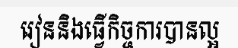
រៀននិងធ្វើកិច្ចការបានល្អ